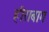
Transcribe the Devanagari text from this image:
हीराबाग